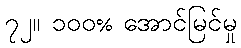
၇၂။ ၁၀၀% အောင်မြင်မှု